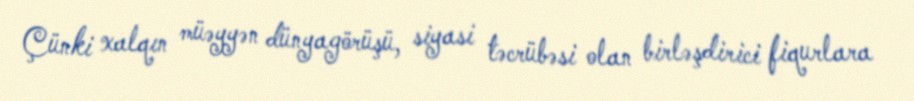
Çünki xalqın müəyyən dünyagörüşü, siyasi təcrübəsi olan birləşdirici fiqurlara